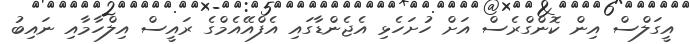
އީގަލްސް އިން ކޮންގްރެސް އަށް ހުށަހެޅި އެޖެންޑާގައި އެފްއޭއެމްގެ ރައީސް އިލްހާމާއި ނައިބު